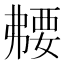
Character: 𫸻